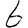
Digit: 6